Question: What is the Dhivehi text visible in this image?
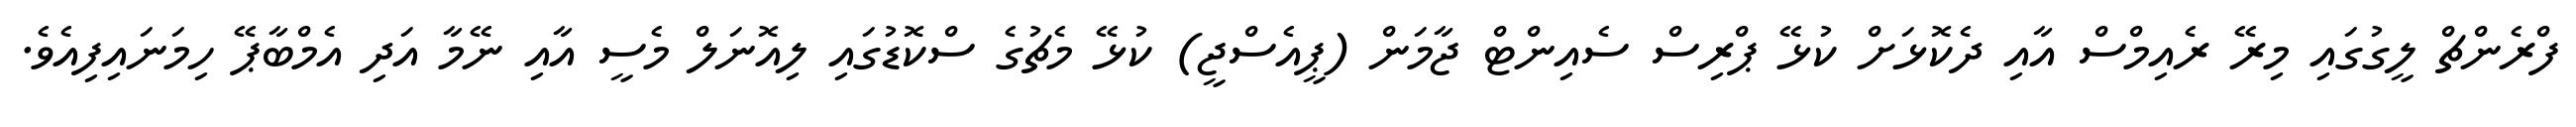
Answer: ފްރެންޗް ލީގުގައި މިރޭ ރެއިމްސް އާއި ދެކޮޅަށް ކުޅޭ ޕްރިސް ސެއިންޓް ޖާމަން (ޕީއެސްޖީ) ކުޅޭ މެޗުގެ ސްކޮޑުގައި ލިއޮނަލް މެސީ އާއި ނޭމާ އަދި އެމްބާޕޭ ހިމަނައިފިއެވެ.